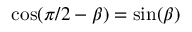
\cos ( \pi / 2 - \beta ) = \sin ( \beta )